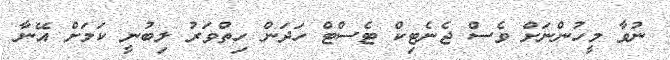
ނުވާ މީހުންނަށް ވެސް ޖެނެޓިކް ޓެސްޓް ހަދަން ހިތްވަރު ލިބުނީ ކަމަށް އޭނާ